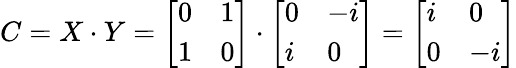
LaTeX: C=X\cdot Y={\left[\begin{array}{ll}{0}&{1}\\ {1}&{0}\end{array}\right]}\cdot{\left[\begin{array}{ll}{0}&{-i}\\ {i}&{0}\end{array}\right]}={\left[\begin{array}{ll}{i}&{0}\\ {0}&{-i}\end{array}\right]}